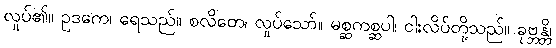
လှုပ်၏။ ဥဒကေ၊ ရေသည်။ စလိတေ၊ လှုပ်သော်။ မစ္ဆကစ္ဆပါ၊ ငါးလိပ်တို့သည်။ ခုဗ္ဘန္တိ၊